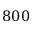
8 0 0